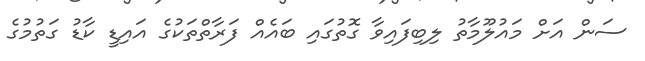
ސަން އަށް މައުލޫމާތު ލިބިފައިވާ ގޮތުގައި ބައެއް ފަރާތްތަކުގެ އައިޑީ ކާޑު ގަތުމުގެ